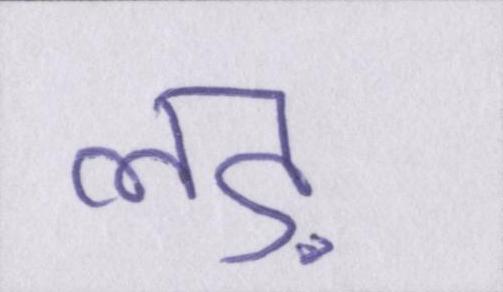
लड़